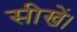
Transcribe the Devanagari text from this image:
सीखें।